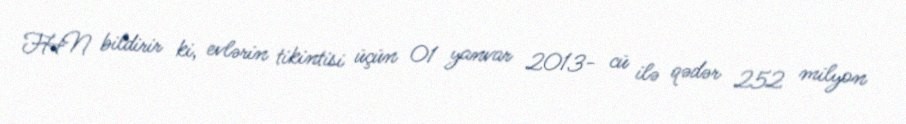
FHN bildirir ki, evlərin tikintisi üçün 01 yanvar 2013- cü ilə qədər 252 milyon